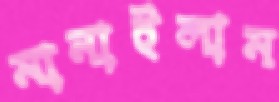
মানাইলাম